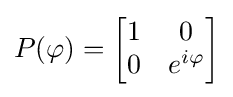
P(\varphi )={\begin{bmatrix}1&0\\0&e^{i\varphi }\end{bmatrix}}